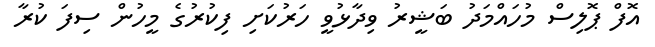
އޮފް ޕޮލިސް މުހައްމަދު ބަޝީރު ވިދާޅުވީ ހަރުކަށި ފިކުރުގެ މީހުން ސިފަ ކުރާ